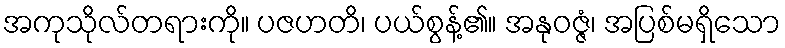
အကုသိုလ်တရားကို။ ပဇဟတိ၊ ပယ်စွန့်၏။ အနုဝဇ္ဇံ၊ အပြစ်မရှိသော